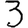
Digit: 3